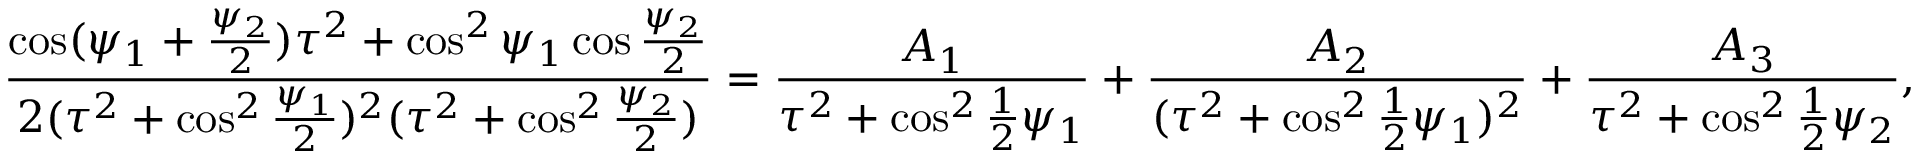
\frac { \cos ( \psi _ { 1 } + \frac { \psi _ { 2 } } { 2 } ) \tau ^ { 2 } + \cos ^ { 2 } \psi _ { 1 } \cos \frac { \psi _ { 2 } } { 2 } } { 2 ( \tau ^ { 2 } + \cos ^ { 2 } \frac { \psi _ { 1 } } { 2 } ) ^ { 2 } ( \tau ^ { 2 } + \cos ^ { 2 } \frac { \psi _ { 2 } } { 2 } ) } = \frac { A _ { 1 } } { \tau ^ { 2 } + \cos ^ { 2 } \frac { 1 } { 2 } \psi _ { 1 } } + \frac { A _ { 2 } } { ( \tau ^ { 2 } + \cos ^ { 2 } \frac { 1 } { 2 } \psi _ { 1 } ) ^ { 2 } } + \frac { A _ { 3 } } { \tau ^ { 2 } + \cos ^ { 2 } \frac { 1 } { 2 } \psi _ { 2 } } ,